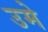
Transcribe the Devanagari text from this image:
उमे